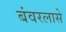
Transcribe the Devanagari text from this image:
बंवरलासे